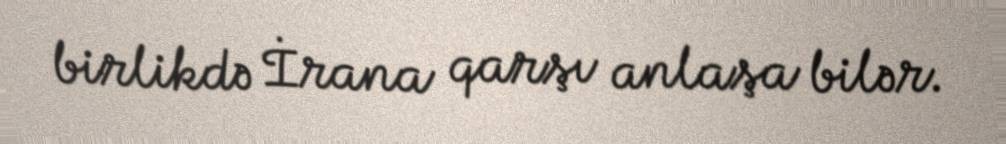
birlikdə İrana qarşı anlaşa bilər.